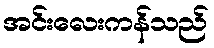
အင်းလေးကန်သည်